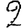
Digit: 2